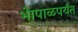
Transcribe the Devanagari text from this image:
भेापाळपर्यंत